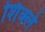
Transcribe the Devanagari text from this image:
शिक्ले